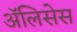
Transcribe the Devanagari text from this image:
ॲलिसेस